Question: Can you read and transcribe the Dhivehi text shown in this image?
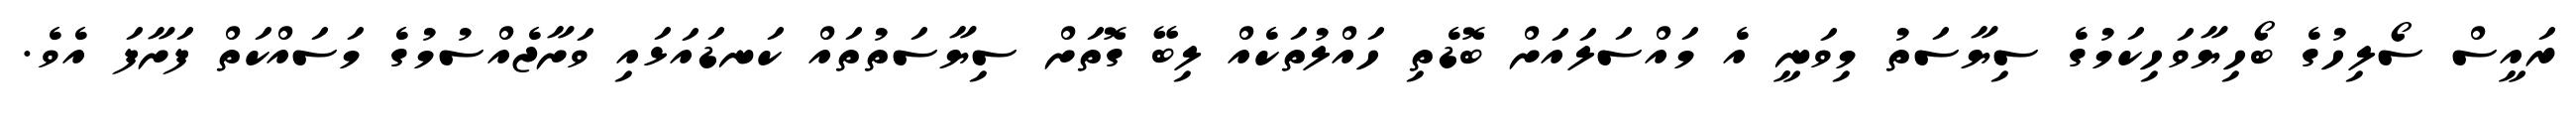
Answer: ރައީސް ސޯލިހުގެ ބޯހިޔާވަހިކަމުގެ ސިޔާސަތު މިވަނީ އެ މައްސަލައަށް ބޮޑެތި ހައްލުތަކެއް ލިބޭ ގޮތަށް ސިޔާސަތުތައް ކަނޑައަޅައި ވަށާޖެއްސުމުގެ މަސައްކަތް ފަށާފަ އެވެ.